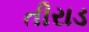
તીરાડ